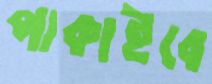
পাকাইবে